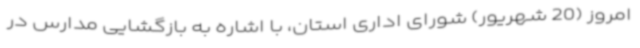
امروز (20 شهریور) شورای اداری استان، با اشاره به بازگشایی مدارس در